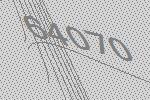
64070